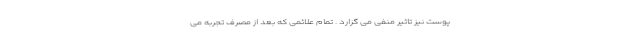
پوست نیز تاثیر منفی می گزارد . تمام علائمی که بعد از مصرف تجربه می